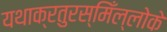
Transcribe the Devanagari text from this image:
यथाक्रतुरस्मिँल्लोके